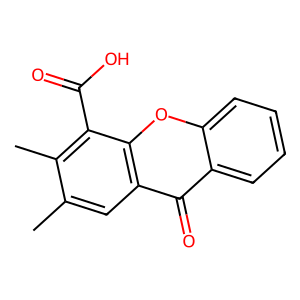
SMILES: Cc1cc2c(=O)c3ccccc3oc2c(C(=O)O)c1C
Inhibits HIV replication: No